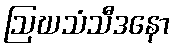
ဩဃသံသီဒနော